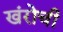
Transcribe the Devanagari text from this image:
खंरोची